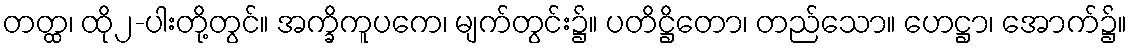
တတ္ထ၊ ထို၂-ပါးတို့တွင်။ အက္ခိကူပကေ၊ မျက်တွင်း၌။ ပတိဋ္ဌိတော၊ တည်သော။ ဟေဋ္ဌာ၊ အောက်၌။